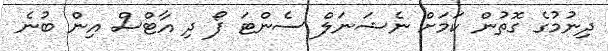
ދިނުމުގެ ގޮތުން ކަމަށް ނެޝަނަލް ސެންޓަ ފޯ ދި އާޓްސް އިން ބުނެ